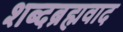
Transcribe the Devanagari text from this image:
शब्दब्रह्मवाद